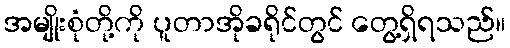
အမျိုးစုံတို့ကို ပူတာအိုခရိုင်တွင် တွေ့ရှိရသည်။